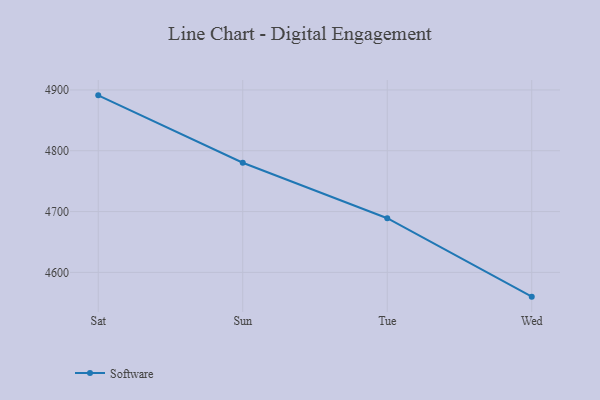
{"axis": {"x": "Day", "y": "Churn Rate (%)"}, "legend": ["Software"], "data": [{"x": "Sat", "y": 4891.1, "type": "Software"}, {"x": "Sun", "y": 4780.3, "type": "Software"}, {"x": "Tue", "y": 4689.1, "type": "Software"}, {"x": "Wed", "y": 4560.1, "type": "Software"}]}